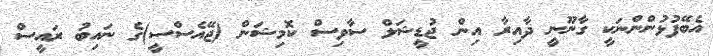
އެބޭފުޅުންންނަކީ ގާނޫނީ ދާއިރާ އިން ޖުޑީޝަލް ސާވިސް ކޮމިޝަން (ޖޭއެސްސީ)ގެ ނައިބު ރައީސް